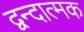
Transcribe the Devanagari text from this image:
द्वन्दात्मक